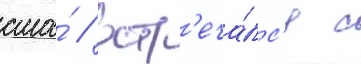
сша́ / встр'еча́лс'я с